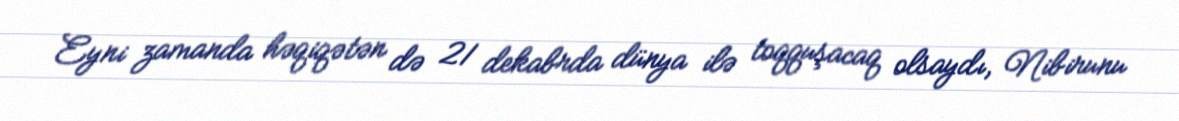
Eyni zamanda həqiqətən də 21 dekabrda dünya ilə toqquşacaq olsaydı, Nibirunu